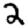
Digit: 2